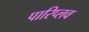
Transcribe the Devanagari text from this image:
पारिप्लव